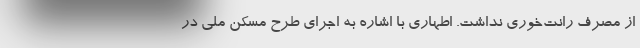
از مصرف رانت‌خوری نداشت. اطهاری با اشاره به اجرای طرح مسکن ملی در